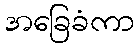
အခြေခံကာ